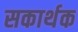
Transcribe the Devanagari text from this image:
सकार्थक